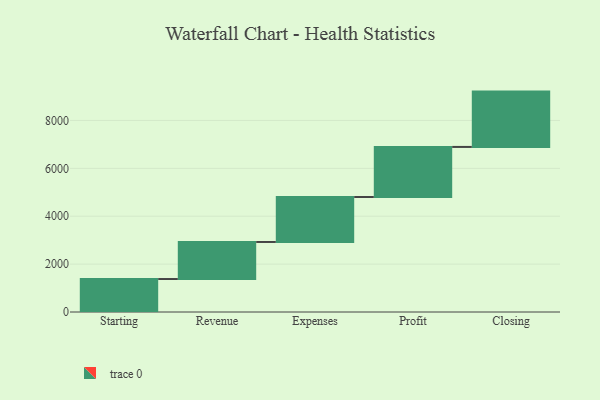
{"axis": {"x": "Step", "y": "Value"}, "legend": [""], "data": [{"x": "Starting", "y": 1377.0, "type": ""}, {"x": "Revenue", "y": 1548.0, "type": ""}, {"x": "Expenses", "y": 1878.0, "type": ""}, {"x": "Profit", "y": 2091.0, "type": ""}, {"x": "Closing", "y": 2311.0, "type": ""}]}